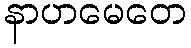
နာဟမေတေ